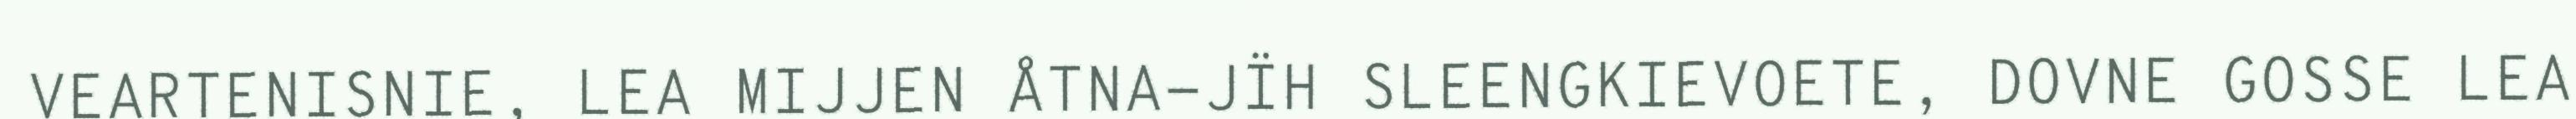
VEARTENISNIE, LEA MIJJEN ÅTNA-JÏH SLEENGKIEVOETE, DOVNE GOSSE LEA